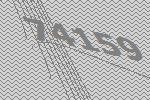
74159